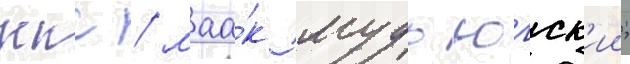
ккс / маа́к мудьюгск'ии;